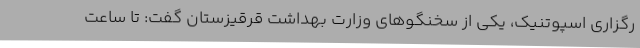
رگزاری اسپوتنیک، یکی از سخنگوهای وزارت بهداشت قرقیزستان گفت: تا ساعت